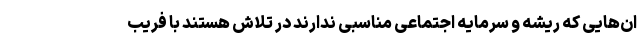
ان‌هایی که ریشه و سرمایه اجتماعی مناسبی ندارند در تلاش هستند با فریب